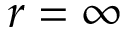
r = \infty